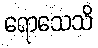
ရောသေသိ